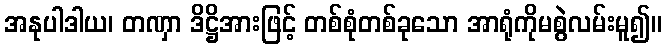
အနုပါဒါယ၊ တဏှာ ဒိဋ္ဌိအားဖြင့် တစ်စုံတစ်ခုသော အာရုံကိုမစွဲလမ်းမူ၍။